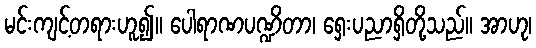
မင်းကျင့်တရားဟူ၍။ ပေါရာဏပဏ္ဍိတာ၊ ရှေးပညာရှိတို့သည်။ အာဟု၊